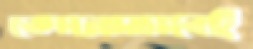
কোনোভাবেই